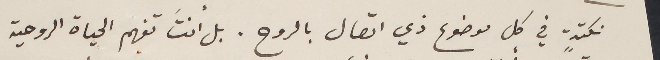
نكتةٍ في كل موضوع ذي اتصال بالروح. بل أنتَ تفهم الحياة الروحية